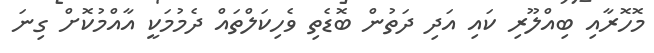
މޮހޮރާއި ބިއްލޫރި ކައި އަދި ދަތުން ބޮޑެތި ވެހިކަލްތައް ދެމުމަކީ އާއްމުކޮށް ގިނަ